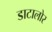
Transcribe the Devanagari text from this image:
डाटालोर